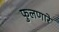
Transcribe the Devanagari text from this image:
फुलणारे